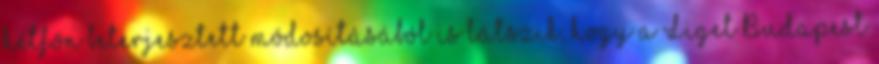
hétfőn beterjesztett módosításából is látszik, hogy a Liget Budapest